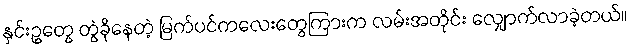
နှင်းဥတွေ တွဲခိုနေတဲ့ မြက်ပင်ကလေးတွေကြားက လမ်းအတိုင်း လျှောက်လာခဲ့တယ်။